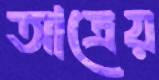
আত্রেয়